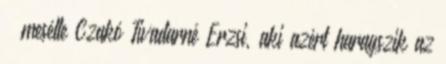
– mesélte Czakó Tivadarné Erzsi, aki azért haragszik az